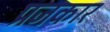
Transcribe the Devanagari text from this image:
प्रजकार